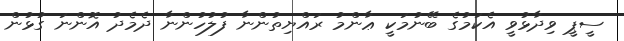
ސީޕީ ވިދާޅުވީ އެކަމުގެ ބޭނުމަކީ ޢާންމު ރައްޔިތުންނާ ފުލުހުންނާ ދެމެދު އޮންނަ ގުޅުން